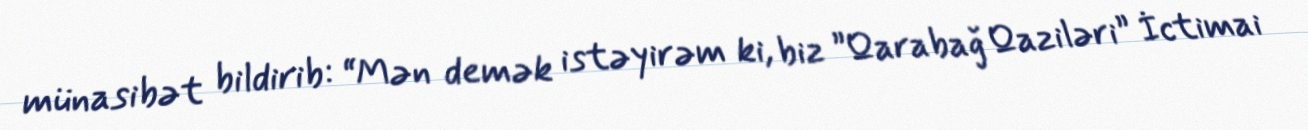
münasibət bildirib: “Mən demək istəyirəm ki, biz ”Qarabağ Qaziləri” İctimai